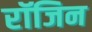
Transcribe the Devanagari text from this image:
रॉजिन